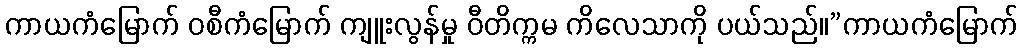
ကာယကံမြောက် ဝစီကံမြောက် ကျူးလွန်မှု ဝီတိက္ကမ ကိလေသာကို ပယ်သည်။”ကာယကံမြောက်